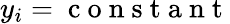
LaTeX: y_{i}=\mathrm{~c~o~n~s~t~a~n~t~}